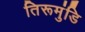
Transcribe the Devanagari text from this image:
तिरूमुंडि